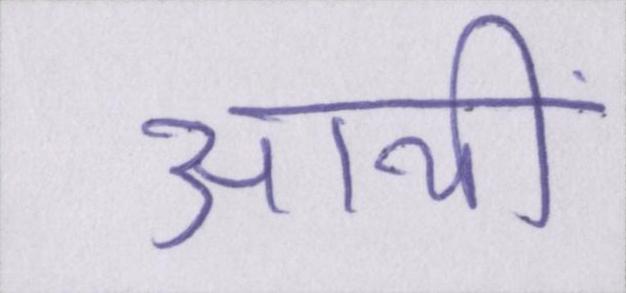
आयीं